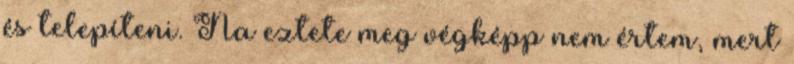
és telepíteni. Na eztete meg végképp nem értem, mert